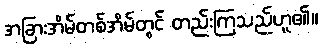
အခြားအိမ်တစ်အိမ်တွင် တည်းကြသည်ဟူ၏။